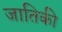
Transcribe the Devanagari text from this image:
जातिकी